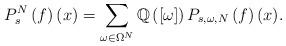
LaTeX: \begin{align*} P_s ^{N} \left(f \right)(x) = \sum_{\omega \in \Omega^{N}} \mathbb{Q}\left([\omega]\right) P_{s,\omega, N} \left( f \right)(x).\end{align*}